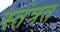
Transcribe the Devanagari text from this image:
स्तंत्रत